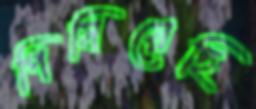
পিষিয়েছি